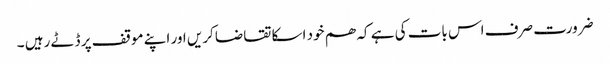
ضرورت صرف اس بات کی ہے کہ ھم خود اسکا تقاضا کریں اور اپنے موقف پر ڈٹے رہیں ۔